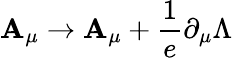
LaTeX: \mathbf{A}_{\mu}\to\mathbf{A}_{\mu}+\frac{{1}}{{e}}\partial_{\mu}\Lambda